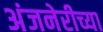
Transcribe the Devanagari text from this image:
अंजनेरीच्या